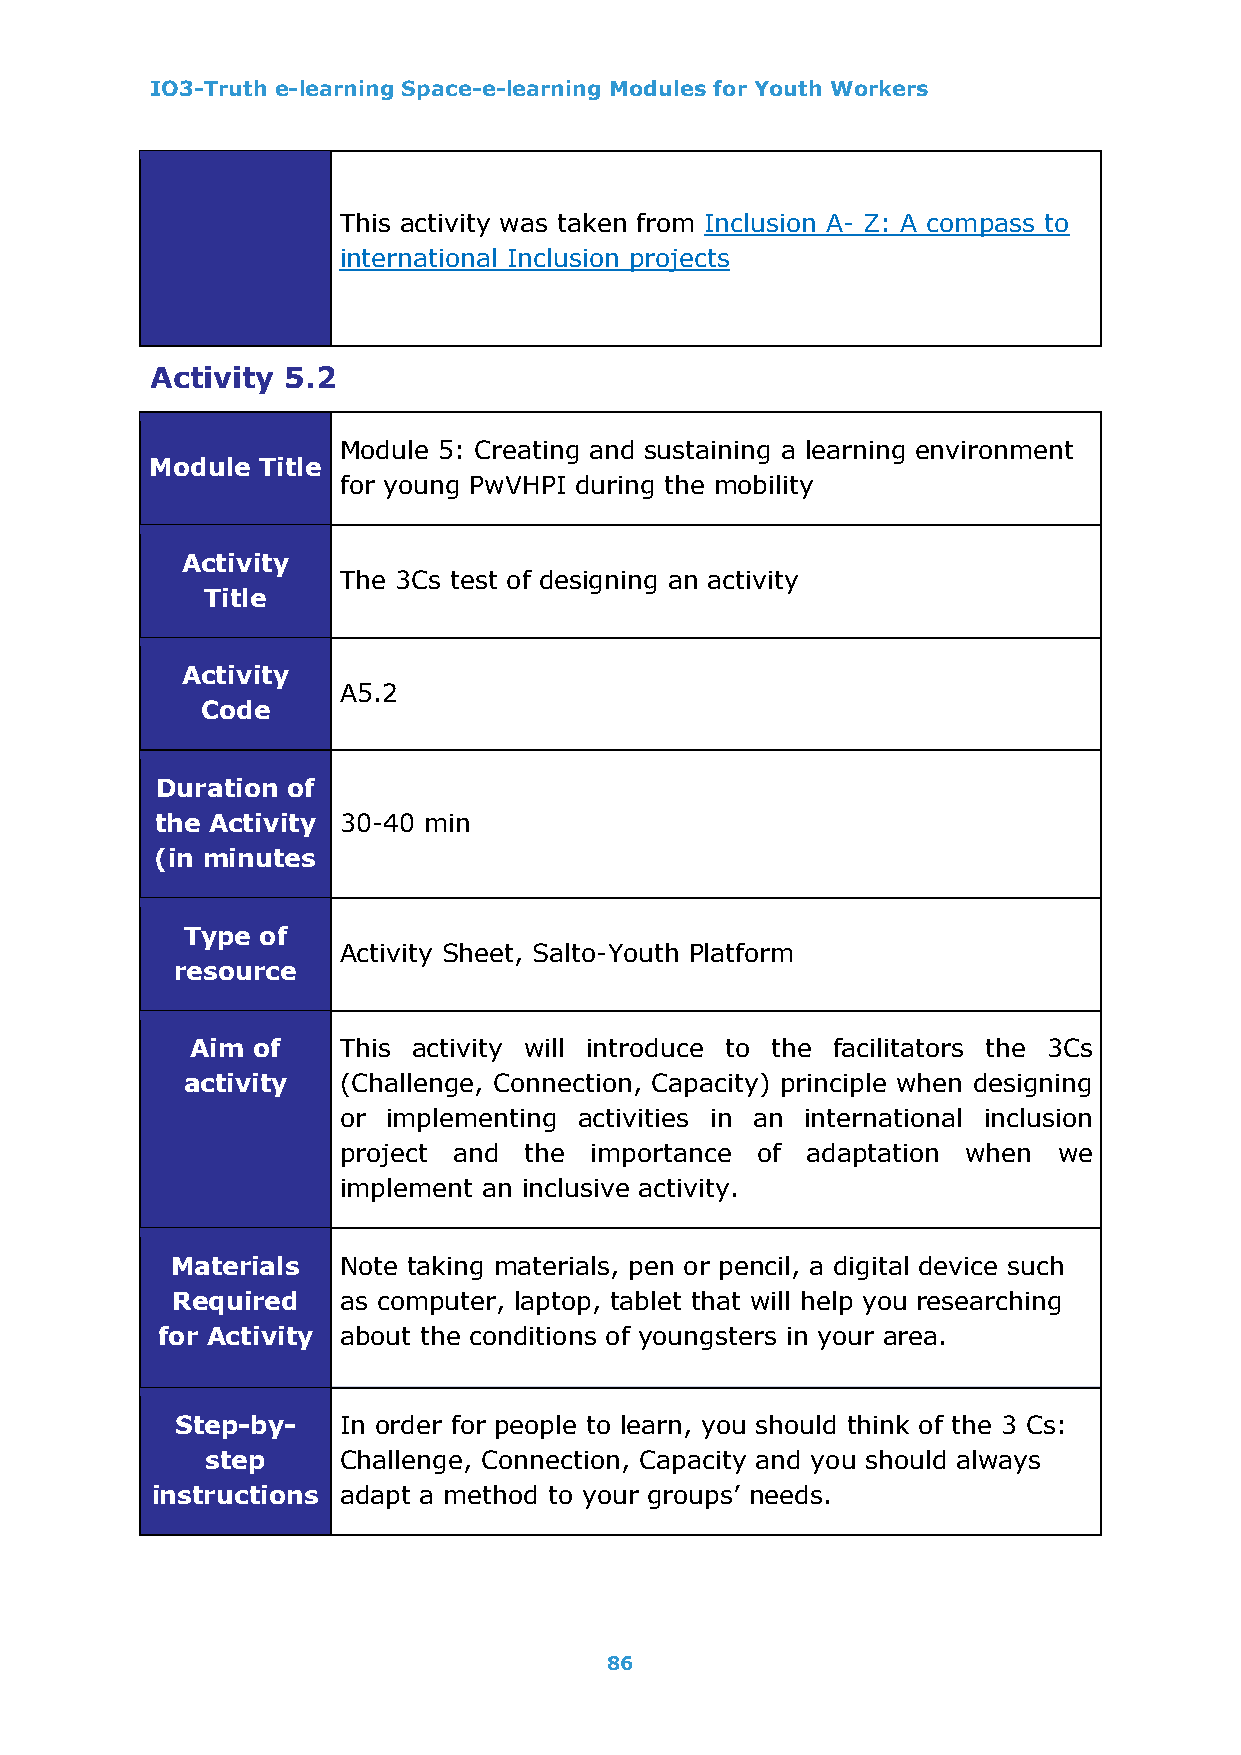
IO3-Truth e-learning Space-e-learning Modules for Youth Workers
 This activity was taken from Inclusion A- Z: A compass to
 international Inclusion projects
 Activity 5.2
 Module 5: Creating and sustaining a learning environment
 Module Title
 for young PwVHPI during the mobility
 Activity
 The 3Cs test of designing an activity
 Title
 Activity
 A5.2
 Code
 Duration of
 the Activity 30-40 min
 (in minutes
 Type of
 Activity Sheet, Salto-Youth Platform
 resource
 Aim of   This activity will introduce to the facilitators the 3Cs
 activity  (Challenge, Connection, Capacity) principle when designing
 or  implementing activities in an international inclusion
 project and  the importance of adaptation when  we
 implement an inclusive activity.
 Materials  Note taking materials, pen or pencil, a digital device such
 Required   as computer, laptop, tablet that will help you researching
 for Activity about the conditions of youngsters in your area.
 Step-by-  In order for people to learn, you should think of the 3 Cs:
 step    Challenge, Connection, Capacity and you should always
 instructions adapt a method to your groups’ needs.
 86